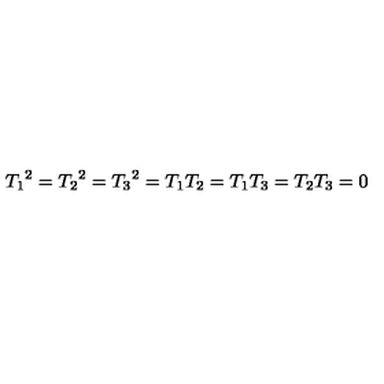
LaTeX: { T _ { 1 } } ^ { 2 } = { T _ { 2 } } ^ { 2 } = { T _ { 3 } } ^ { 2 } = T _ { 1 } T _ { 2 } = T _ { 1 } T _ { 3 } = T _ { 2 } T _ { 3 } = 0